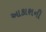
આકાશની